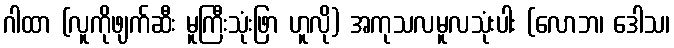
ဂါထာ (လူကိုဖျက်ဆီး မူကြီးသုံးဖြာ ဟူလို) အကုသလမူလသုံးပါး (လောဘ၊ ဒေါသ၊